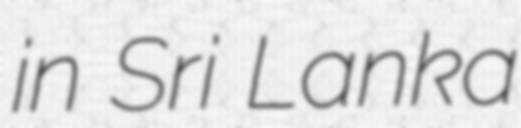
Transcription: in Sri Lanka